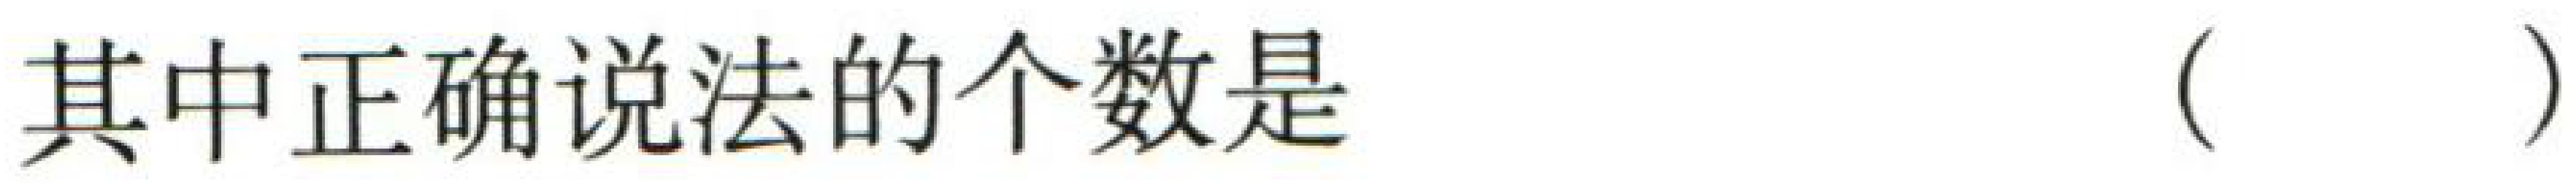
其中正确说法的个数是（  ）